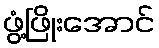
ဖွံ့ဖြိုးအောင်